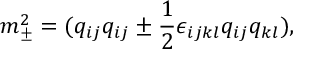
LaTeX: m _ { \pm } ^ { 2 } = ( q _ { i j } q _ { i j } \pm { \frac { 1 } { 2 } } \epsilon _ { i j k l } q _ { i j } q _ { k l } ) ,